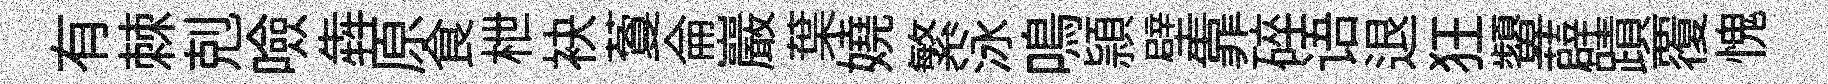
有棘剋噞犇原食枻袂藑侖巖葉嬈繁泳鳴頴壁靠碎语退狂顰薜蹟覆愧